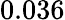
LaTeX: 0.036